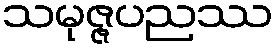
သမုဇ္ဇပညဿ